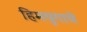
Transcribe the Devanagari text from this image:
हिमयुगाचे